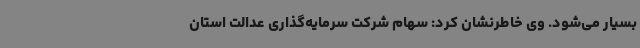
بسیار می‌شود. وی خاطرنشان کرد: سهام شرکت سرمایه‌گذاری عدالت استان